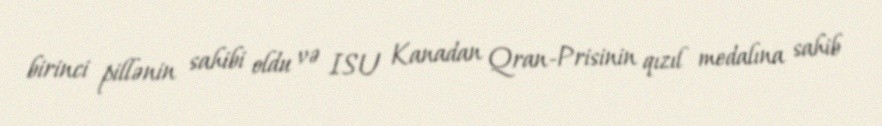
birinci pillənin sahibi oldu və ISU Kanadan Qran-Prisinin qızıl medalına sahib